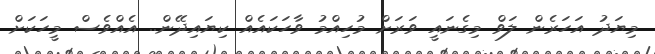
މިޔަދު އަހަރެން ލަވް މިގެނައީ ވަރަށް މުހިއްމު ވާހަކައެއް ކިޔައިދޭން.. އެއްވެސް މީހަކަށް